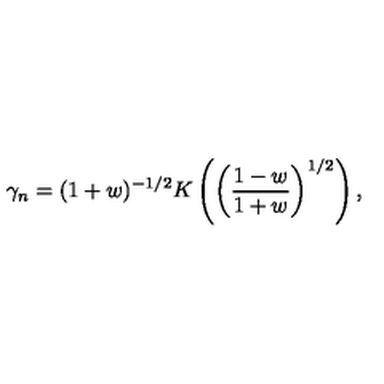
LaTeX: \gamma _ { n } = ( 1 + w ) ^ { - 1 / 2 } K \left( \left( \frac { 1 - w } { 1 + w } \right) ^ { 1 / 2 } \right) ,